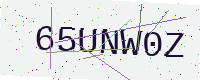
Text: 65UNW0Z